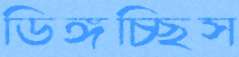
ডিঙ্গচ্ছিস